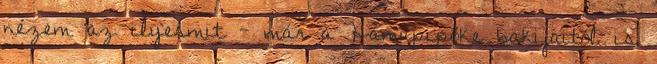
nézem az ilyesmit - már a Hamupipőke bakijaitól is